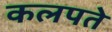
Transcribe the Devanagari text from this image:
कलपते